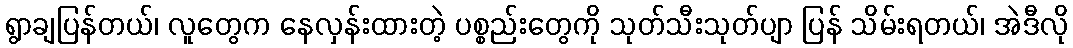
ရွာချပြန်တယ်၊ လူတွေက နေလှန်းထားတဲ့ ပစ္စည်းတွေကို သုတ်သီးသုတ်ပျာ ပြန် သိမ်းရတယ်၊ အဲဒီလို